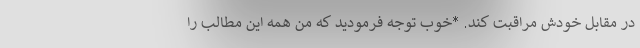
در مقابل خودش مراقبت کند. *خوب توجه فرمودید که من همه این مطالب را